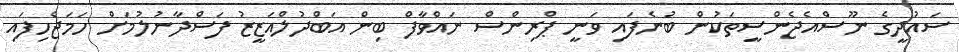
ސައުދީގެ ނޫސްއެޖެންސީތަކުން ބުނެފައި ވަނީ ޕްރިންސް ނައްވާފް ބިން އަބްދުލްއަޒީޒު ފަސްދާނުލުމަށް ހަމަޖެހިފައި